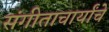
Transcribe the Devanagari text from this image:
संगीताचार्यांचे